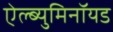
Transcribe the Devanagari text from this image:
ऐल्ब्युमिनॉयड